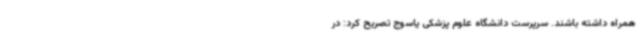
همراه داشته باشند. سرپرست دانشگاه علوم پزشکی یاسوج تصریح کرد: در